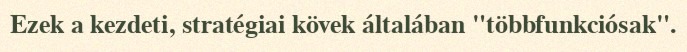
Ezek a kezdeti, stratégiai kövek általában "többfunkciósak".